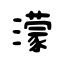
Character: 濛